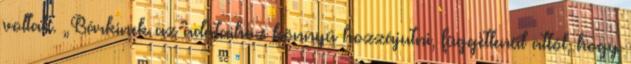
voltak. „Bárkinek az adataihoz könnyű hozzájutni, függetlenül attól, hogy